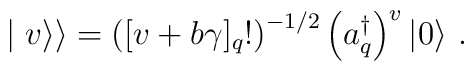
\mid{v}\rangle\rangle=\left([v+b\gamma ]_q!\right)^{-1/2}\left(a_q^\dagger\right)^v\vert 0\rangle~.